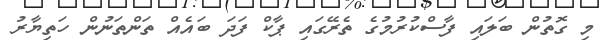
މި ގޮތުން ބަލައި ފާސްކުރުމުގެ ތެރޭގައި ޕާކް ފަދަ ބައެއް ތަންތަނުން ހަތިޔާރު